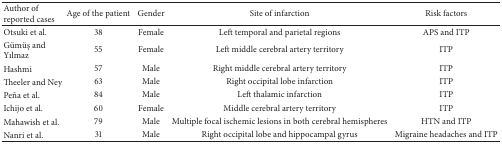
<table><thead><tr><td><b>Author of reported cases</b></td><td><b>Age of the patient</b></td><td><b>Gender</b></td><td><b>Site of infarction</b></td><td><b>Risk factors</b></td></tr></thead><tbody><tr><td>Otsuki et al.</td><td>38</td><td>Female</td><td>Left temporal and parietal regions</td><td>APS and ITP</td></tr><tr><td>Gümüş and Yılmaz</td><td>55</td><td>Female</td><td>Left middle cerebral artery territory</td><td>ITP</td></tr><tr><td>Hashmi</td><td>57</td><td>Male</td><td>Right middle cerebral artery territory</td><td>ITP</td></tr><tr><td>Theeler and Ney</td><td>63</td><td>Male</td><td>Right occipital lobe infarction</td><td>ITP</td></tr><tr><td>Peña et al.</td><td>84</td><td>Male</td><td>Left thalamic infarction</td><td>ITP</td></tr><tr><td>Ichijo et al.</td><td>60</td><td>Female</td><td>Middle cerebral artery territory</td><td>ITP</td></tr><tr><td>Mahawish et al.</td><td>79</td><td>Male</td><td>Multiple focal ischemic lesions in both cerebral hemispheres</td><td>HTN and ITP</td></tr><tr><td>Nanri et al.</td><td>31</td><td>Male</td><td>Right occipital lobe and hippocampal gyrus</td><td>Migraine headaches and ITP</td></tr></tbody></table>